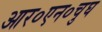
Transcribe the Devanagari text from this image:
आर०एन०चुघ